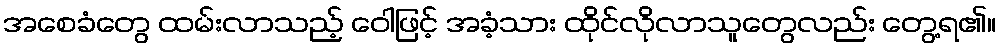
အစေခံတွေ ထမ်းလာသည့် ဝေါဖြင့် အခံ့သား ထိုင်လိုလာသူတွေလည်း တွေ့ရ၏။